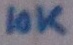
Text: 10K